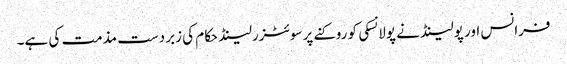
فرانس اور پولینڈ نے پولانسکی کو روکنے پر سوئٹزرلینڈ حکام کی زبردست مذمت کی ہے۔